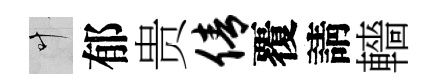
叶郁贵倩覆請轖